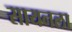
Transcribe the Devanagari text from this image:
सायनला